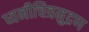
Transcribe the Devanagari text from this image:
ध्वनीचित्रमुद्रण